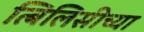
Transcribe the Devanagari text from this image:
त्बिलिसीच्या